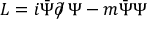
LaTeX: { \cal L } = i \bar { \Psi } \partial \! \! \! / \, \Psi - m \bar { \Psi } \Psi